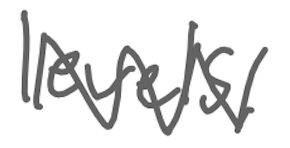
Text: levels,
Cross-out: zig-zag
Writing tool: digital_gray